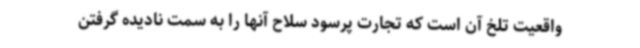
واقعیت تلخ آن است که تجارت پرسود سلاح آنها را به سمت نادیده گرفتن